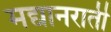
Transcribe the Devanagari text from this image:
मद्यानराती